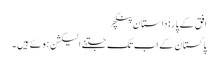
افق کے پار: داستانِ پنکچر
پاکستان کے اب تک جتنے الیکشن ہوئے ہیں ۔